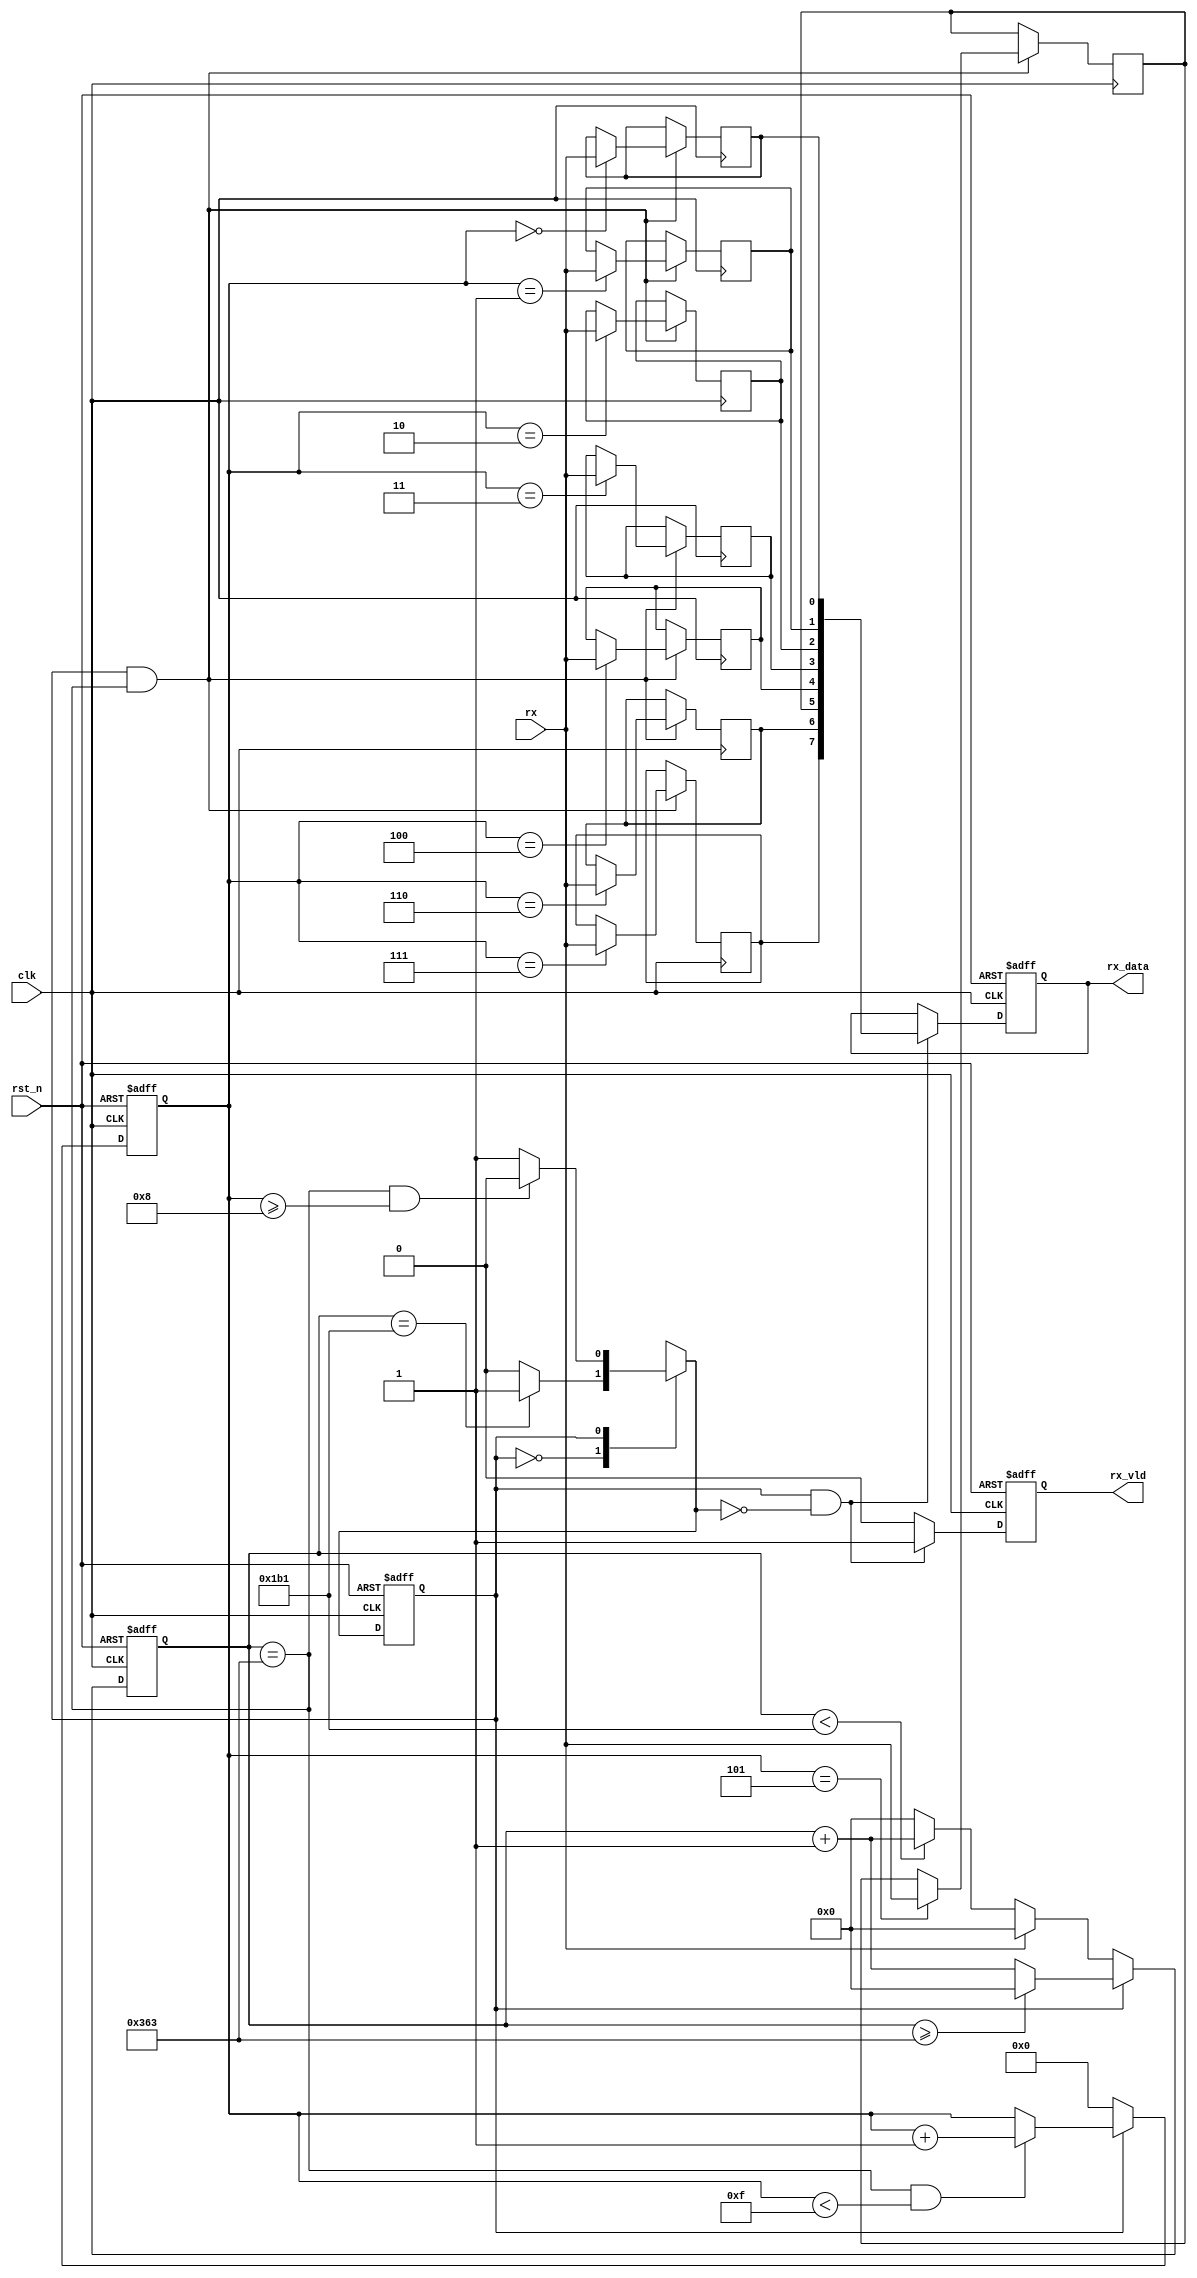
`timescale 1ns / 1ps
//////////////////////////////////////////////////////////////////////////////////
// Company: 
// Engineer: 
// 
// Design Name: 
// Module Name: rx
// Project Name: 
// Target Devices: 
// Tool Versions: 
// Description: 
// 
// Dependencies: 
// 
// Revision:
// Revision 0.01 - File Created
// Additional Comments:
// 
//////////////////////////////////////////////////////////////////////////////////
//bps = 115200
//clk = 100mhz
//div = 868

module rx(
    input               clk,rst_n,
    input               rx,
    output  reg         rx_vld,
    output  reg  [7:0]  rx_data
    );
parameter   DIV_CNT   = 10'd867;
parameter   HDIV_CNT  = 10'd433;
parameter   RX_CNT    = 4'h8;
parameter   C_IDLE    = 1'b0;
parameter   C_RX      = 1'b1;    
reg         curr_state;
reg         next_state;
reg [9:0]   div_cnt;
reg [3:0]   rx_cnt;
reg         rx_reg_0,rx_reg_1,rx_reg_2,rx_reg_3,rx_reg_4,rx_reg_5,rx_reg_6,rx_reg_7;
//reg [7:0]   rx_reg;
wire        rx_pulse;
always@(posedge clk or negedge rst_n)
begin
    if(!rst_n)
        curr_state  <= C_IDLE;
    else
        curr_state  <= next_state;
end    
always@(*)
begin
    case(curr_state)
        C_IDLE:
            if(div_cnt==HDIV_CNT)
                next_state  = C_RX;
            else
                next_state  = C_IDLE;
        C_RX:
            if((div_cnt==DIV_CNT)&&(rx_cnt>=RX_CNT))
                next_state  = C_IDLE;
            else
                next_state  = C_RX;
    endcase
end

always@(posedge clk or negedge rst_n)
begin
    if(!rst_n)
        div_cnt <= 10'h0;
    else if(curr_state == C_IDLE)
    begin
        if(rx==1'b1)
            div_cnt <= 10'h0;
        else if(div_cnt < HDIV_CNT)
            div_cnt <= div_cnt + 10'h1;
        else
            div_cnt <= 10'h0;    
    end
    else if(curr_state == C_RX)
    begin
        if(div_cnt >= DIV_CNT)
            div_cnt <= 10'h0;
        else
            div_cnt <= div_cnt + 10'h1;
    end
end
always@(posedge clk or negedge rst_n)
begin
    if(!rst_n)
        rx_cnt  <= 4'h0;
    else if(curr_state == C_IDLE)
        rx_cnt  <= 4'h0;
    else if((div_cnt == DIV_CNT)&&(rx_cnt<4'hF))
        rx_cnt  <= rx_cnt + 1'b1;      
end
assign rx_pulse = (curr_state==C_RX)&&(div_cnt==DIV_CNT);
always@(posedge clk)
begin
    if(rx_pulse)
    begin
        case(rx_cnt)
            4'h0: rx_reg_0 <= rx;
            4'h1: rx_reg_1 <= rx;
            4'h2: rx_reg_2 <= rx;
            4'h3: rx_reg_3 <= rx;
            4'h4: rx_reg_4 <= rx;
            4'h5: rx_reg_5 <= rx;
            4'h6: rx_reg_6 <= rx;
            4'h7: rx_reg_7 <= rx;
        endcase
    end
end
always@(posedge clk or negedge rst_n)
begin
    if(!rst_n)
    begin
        rx_vld  <= 1'b0;
        rx_data <= 8'h55;
    end    
    else if((curr_state==C_RX)&&(next_state==C_IDLE))
    begin
        rx_vld  <= 1'b1;
        rx_data <= {rx_reg_7,rx_reg_6,rx_reg_5,rx_reg_4,rx_reg_3,rx_reg_2,rx_reg_1,rx_reg_0};
    end
    else
        rx_vld  <= 1'b0;
end
endmodule